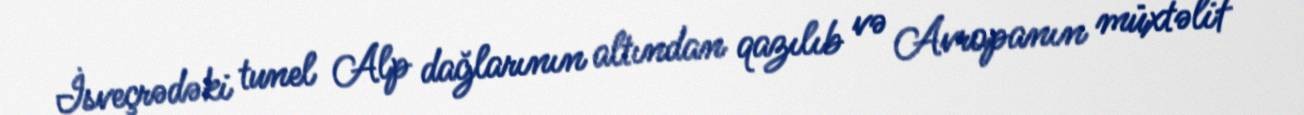
İsveçrədəki tunel Alp dağlarının altından qazılıb və Avropanın müxtəlif